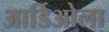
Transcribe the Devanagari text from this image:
आर्डिओला